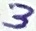
Text: 3